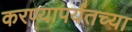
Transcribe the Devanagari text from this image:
करण्यापर्यंतच्या